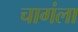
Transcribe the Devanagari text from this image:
चागंला